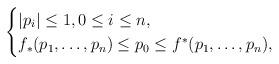
LaTeX: \begin{align*}\begin{cases}|p_i| \le 1, 0\le i\le n,\\f_*(p_1,\dots,p_n) \le p_0 \le f^*(p_1,\dots,p_n),\end{cases}\end{align*}